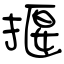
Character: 揠